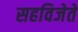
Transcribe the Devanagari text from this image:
सहविजेते